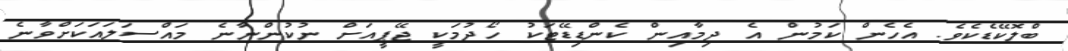
ބްލޮކޭޑެކެވެ. އެހެން ކަމުން އެ ދިމާއިން ކެންޑިޑޭޓަކު ހޯދުމަކީ ޖޭޕީއަށް ނުކުންނާނެ މައްސަލައަކަށްވާނެ